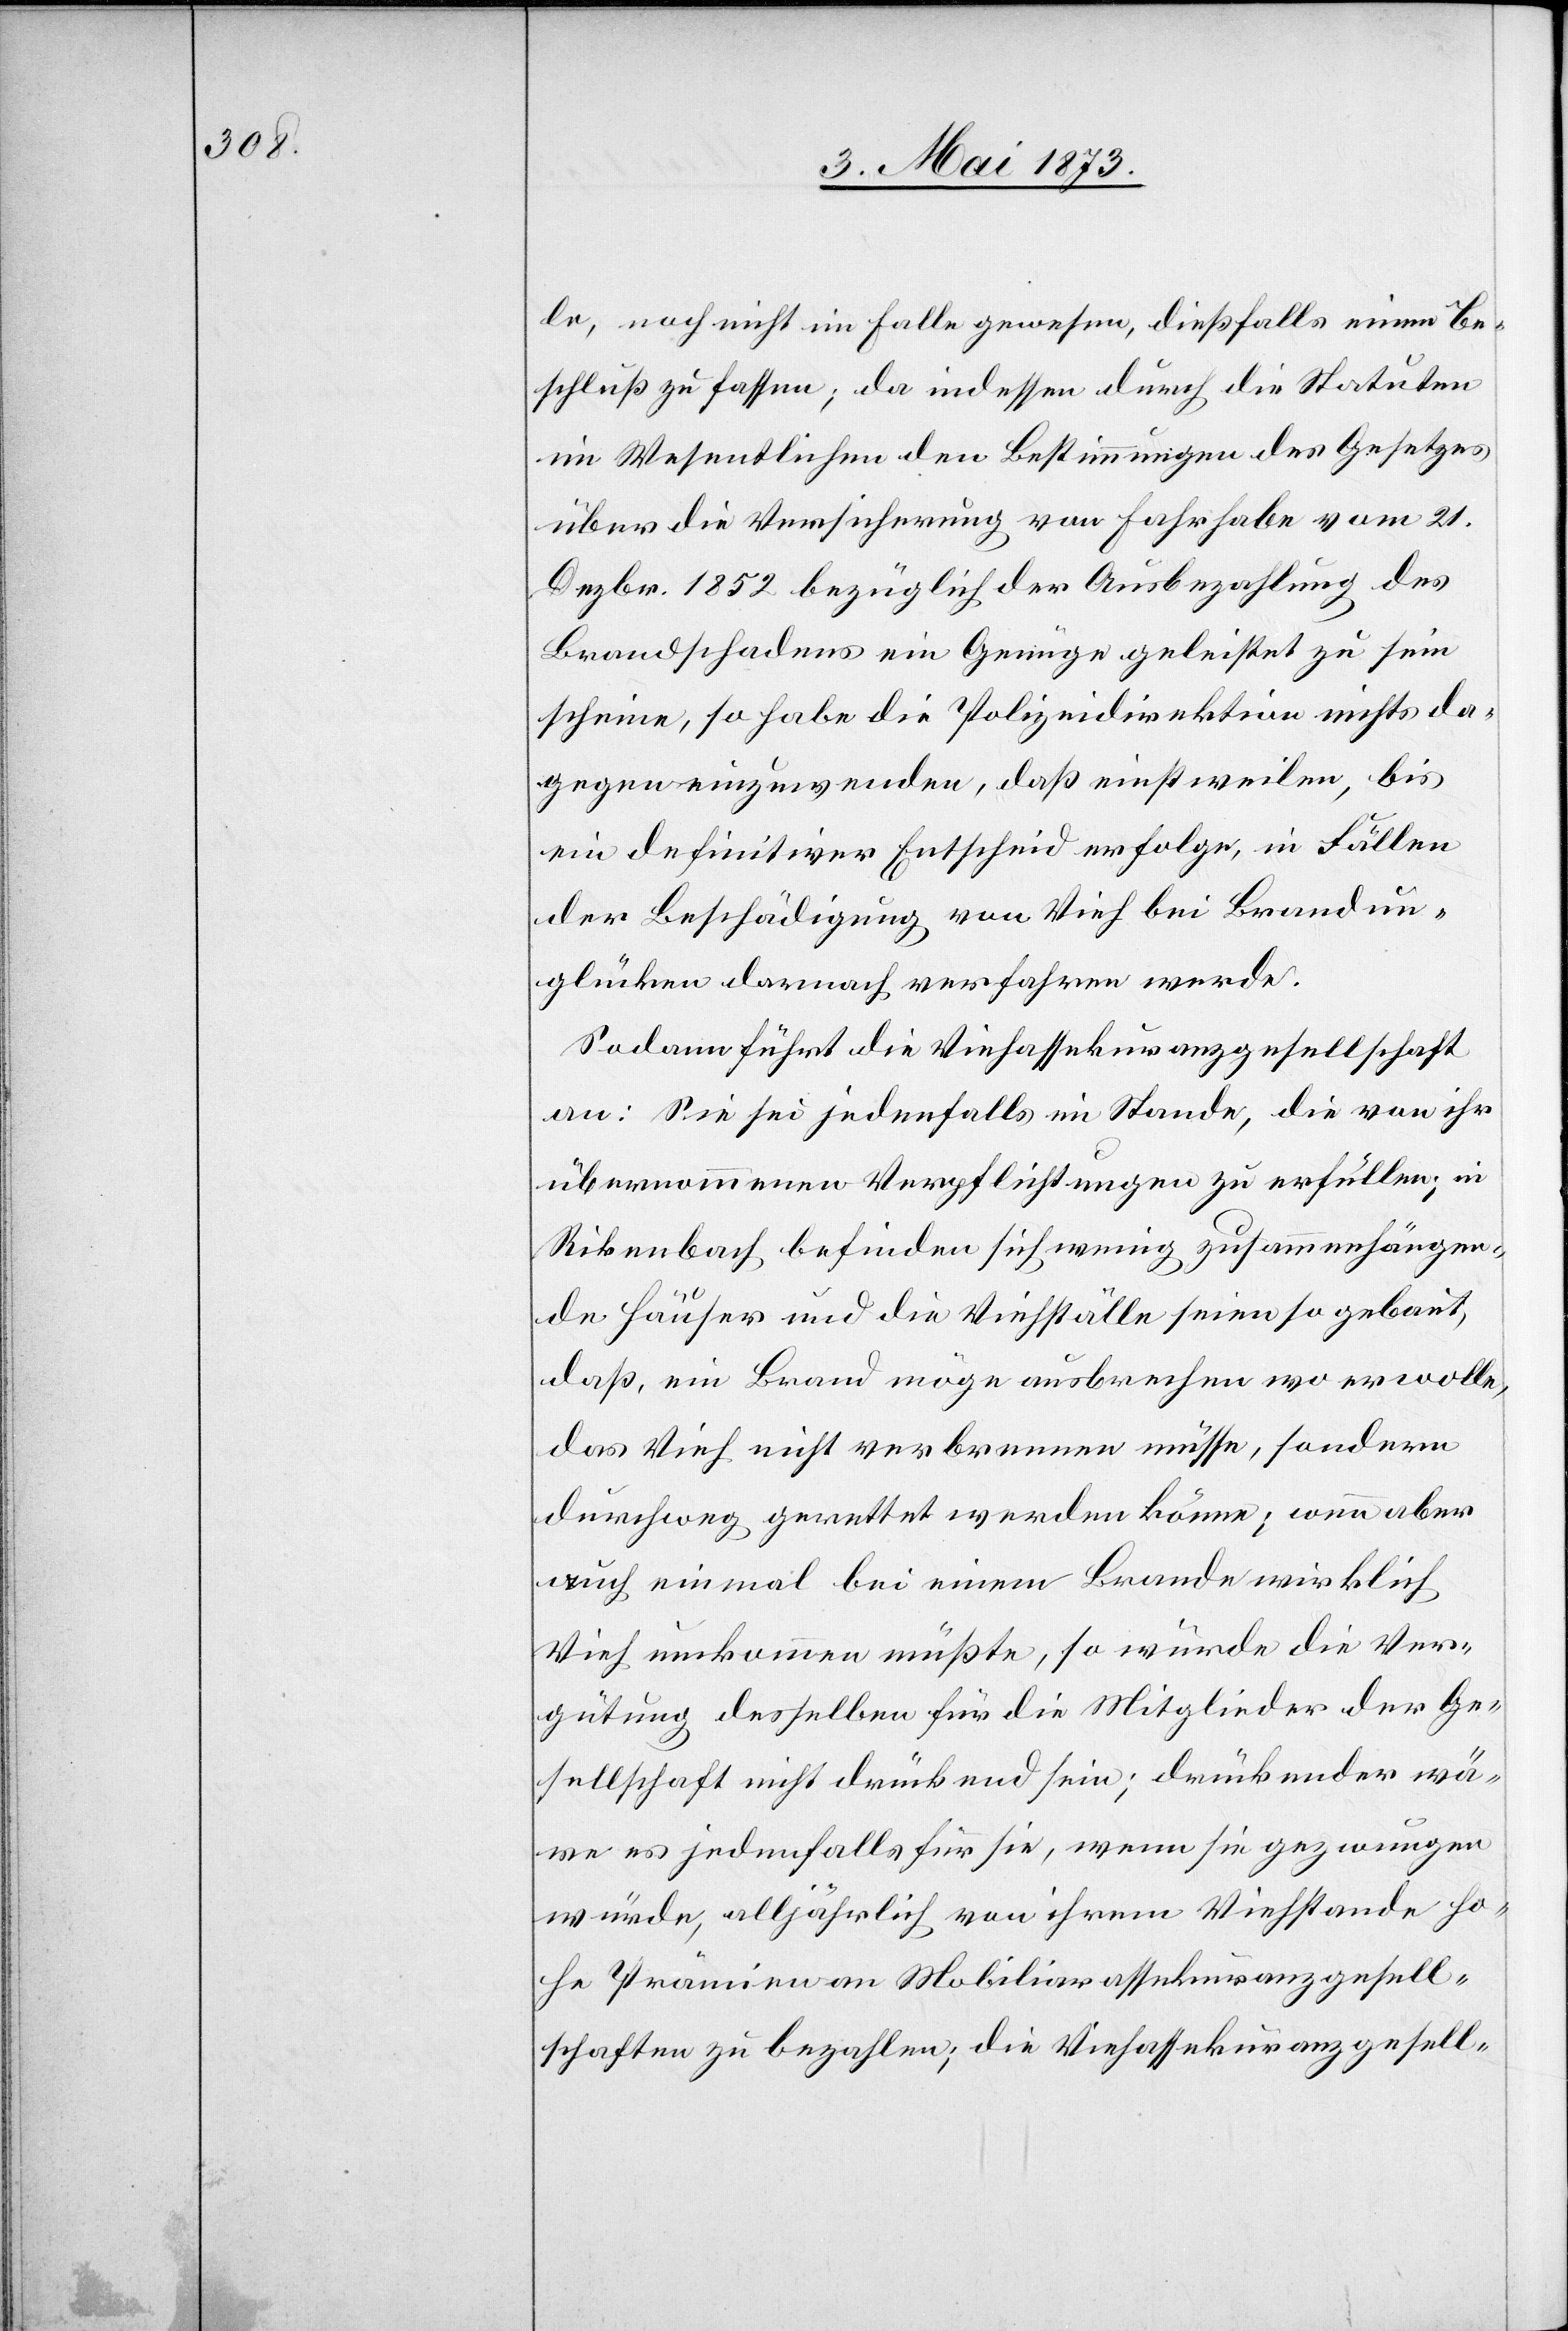
le, noch nicht im Falle gewesen, dießfalls einen Be¬
schluß zu fassen; da indessen durch die Statuten
im Wesentlichen den Bestimmungen des Gesetzes
über die Versicherung von Fahrhabe vom 21.
Dezbr. 1852 bezüglich der Ausbezahlung des
Brandschadens ein Genüge geleistet zu sein
scheine, so habe die Polizeidirektion nichts da¬
gegen einzuwenden, daß einstweilen, bis
ein definitiver Entscheid erfolge, in Fällen
der Beschädigung von Vieh bei Brandun¬
glücken darnach verfahren werde.
Sodann führt die Viehassekuranzgesellschaft
an: Sie sei jedenfalls im Stande, die von ihr
übernommenen Verpflichtungen zu erfüllen; in
Rikenbach befinden sich wenig zusammenhängen¬
de Häuser und die Viehställe seien so gebaut,
daß ein Brand möge ausbrechen wo er wolle,
das Vieh nicht verbrennen müsse, sondern
durchweg gerettet werden könne; wenn aber
auch einmal bei einem Brande wirklich
Vieh umkommen müßte, so würde die Ver¬
gütung desselben für die Mitglieder der Ge¬
sellschaft nicht drückend sein; drückender wä¬
re es jedenfalls für sie, wenn sie gezwungen
würde, alljährlich von ihrem Viehstande ho¬
he Prämien an Mobiliarassekuranzgesell¬
schaften zu bezahlen; die Viehassekuranzgesell-